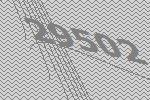
29502